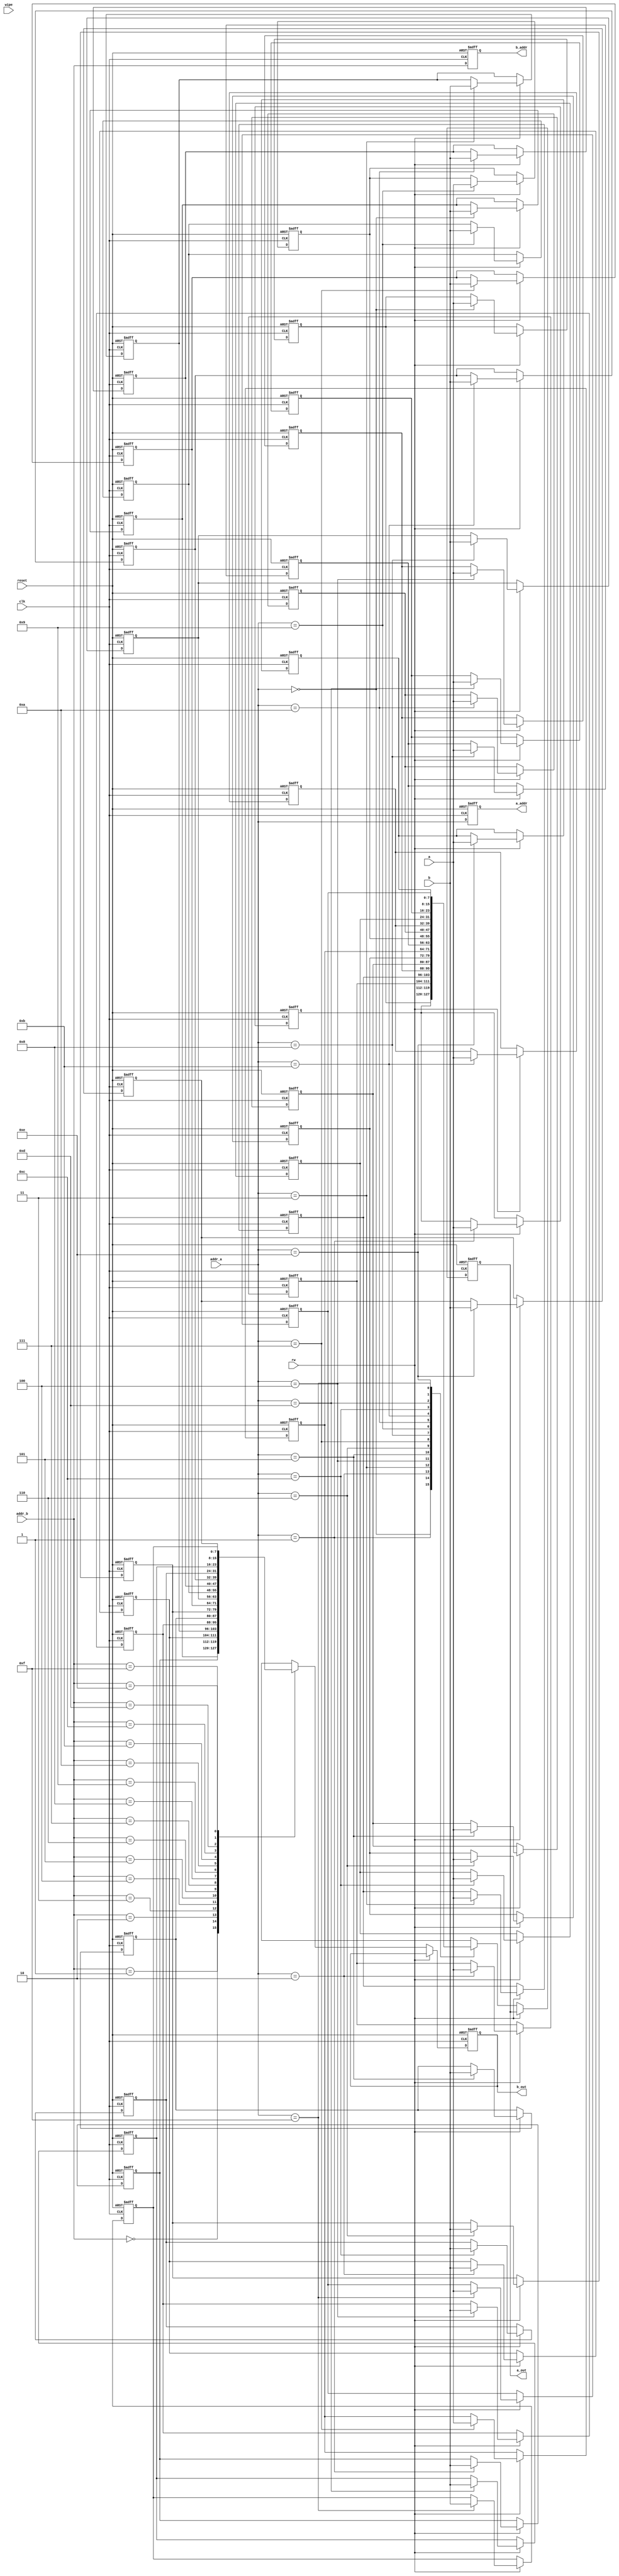
module Mem_interface(
    input [3:0] addr_a, addr_b,      // read/write address
    input [7:0] a, b,                // input number if write
    input clk, reset, rw, wipe,      // 
    output reg [7:0] a_out, b_out,   // output numbers from addr 
    output reg [3:0] a_addr, b_addr  // read/write address
);

// registers for output a & b
reg [7:0] a_reg [0:15]; 
reg [7:0] b_reg [0:15];

integer i;

// always @(negedge wipe) begin
//     if(!wipe) begin
//         a_reg <= 0;
//         b_reg <= 0;
//         i = 0;
//         j = 0;
//     end
// end

always @(posedge clk or negedge reset) begin
    if(!reset) begin
        a_out <= 0;
        b_out <= 0;
        a_addr <= 0;
        b_addr <= 0;
        for(i = 0; i < 16; i=i+1) begin
            a_reg[i] <= 0;
            b_reg[i] <= 0;
        end
    end 
    else if (!rw) begin
        a_out <= a_reg[addr_a];
        b_out <= b_reg[addr_b];
        a_addr <= addr_a;
        b_addr <= addr_b;
    end
     else begin
        a_addr <= addr_a;
        b_addr <= addr_b;
        a_reg[addr_a] <= a;
        b_reg[addr_a] <= b;
        
    end
end
endmodule